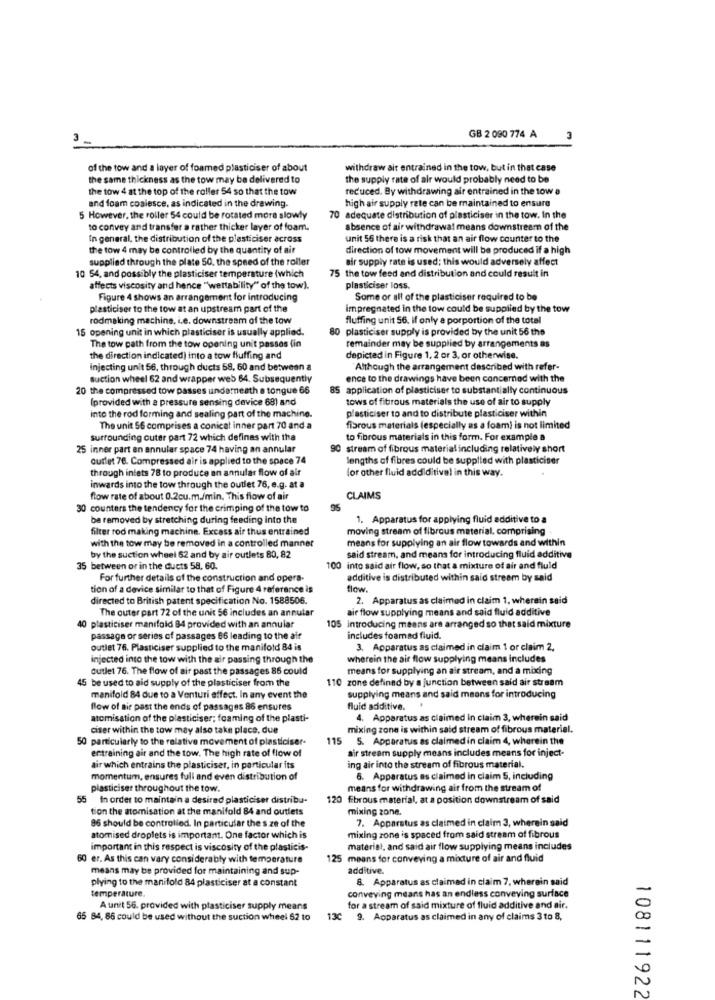
GB 2 090 774 A
3
of the tow and a layer of foamed plasticiser of about
withdraw air entrained in the tow, but in that case
the same thickness as the tow may be delivered to
the supply rate of air would probably need to be
the tow 4 at the top of the roller 54 so that the tow
reduced. By withdrawing air entrained in the tow a
and foam coalesce, as indicated in the drawing.
high air supply rate can be maintained to ensure
5 However, the roller 54 could be rotated more slowly
70 adequate distribution of plasticiser in the tow. In the
to convey and transfer a rather thicker layer of foam.
absence of air withdrawal means downstream of the
In general, the distribution of the plasticiser across
unit 56 there is a risk that an air flow counter to the
the tow 4 may be controlled by the quantity of air
direction of tow movement will be produced if a high
supplied through the plate 50, the speed of the roller
air supply rate is used; this would adversely affect
75 the tow feed and distribution and could result in
10 54, and possibly the plasticiser temperature (which
affects viscosity and hence "wertability" of the tow).
plasticiser loss.
Figure 4 shows an arrangement for introducing
Some or all of the plasticiser required to be
plasticiser to the tow at an upstream part of the
impregnated in the tow could be supplied by the tow
rodmaking machine, i.e. downstream of the tow
fluffing unit 56. if only a porportion of the total
15 opening unit in which plasticiser is usually applied.
80 plasticiser supply is provided by the unit 56 the
The tow path from the tow opening unit passos (in
remainder may be supplied by arrangements as
the direction indicated) into a tow fluffing and
depicted in Figure 1, 2 or 3, or otherwise.
injecting unit 56, through ducts 58, 60 and between
Although the arrangement described with refer-
suction wheel 62 and wrapper web 64. Subsequently
ence to the drawings have been concerned with the
20 the compressed tow passes underneath e tongue 66
85 application of plasticiser to substantially continuous
(provided with a pressure sensing device 68) and
tows of fibrous materials the use of air to supply
into the rod forming and sealing part of the machine.
plasticiser to and to distribute plasticiser within
The unit 56 comprises a conical inner part 70 and a
fibrous materials (especially as a foam) is not limited
surrounding outer part 72 which defines with the
to fibrous materials in this form. For example a
25 inner part en annuler space 74 having an annular
90 stream of fibrous material including relatively short
cutlet 76. Compressed air is applied to the space 74
lengths of fibres could be supplied with plasticiser
through intets 78 to produce an annular flow of air
for other fluid addiditival in this way.
inwards into the tow through the outlet 76, e.g. at a
flow rate of about 0.2cu.m./min. This flow of air
CLAIMS
30 counters the tendency for the crimping of the tow to
be removed by stretching during feeding into the
1. Apparatus for applying fluid additive to a
filter rod making machine. Excess air thus entrained
moving stream of fibrous material, comprising
means for supplying an air flow towards and within
with the tow may be removed in a controlled manner
by the suction wheel 62 and by air outlets 80, 82
said stream, and means for introducing fluid additive
35 between or in the ducts 58, 60.
100 into said air flow, so that a mixture of air and fluid
For further details of the construction and opera-
additive is distributed within said stream by said
tion of a device similar to that of Figure 4 reference is
flow.
directed to British patent specification No. 1588506.
2. Apparatus as claimed in claim 1, wherein said
The outer part 72 of the unit 56 includes an annular
air flow supplying means and said fluid additive
40 plasticiser manifold 84 provided with an annular
105 introducing means are arranged so that said mixture
passage or series of passages 66 leading to the air
includes foamad fluid.
outlet 76. Plasticiser supplied to the manifold 84 is
3. Apparatus as claimed in claim 1 or claim 2.
injected into the tow with the air passing through the
wherein the air flow supplying means includes
outlet 76. The flow of air past the passages 86 could
means for supplying an air stream, and a mixing
45 be used to aid supply of the plasticiser from the
110 zone defined by a junction between said air stream
manifold 84 due to a Venturi effect. In any event the
supplying means and said means for introducing
flow of air past the ends of passages 86 ensures
fluid additive.
atomisation of the plasticiser; foaming of the plasti-
4. Apparatus as claimed in claim 3, wherein said
ciser within the tow may also take place, due
mixing zone is within said stream of fibrous material.
50 particularly to the relative movement of plasticiser.
115 5. Apparatus as claimed in claim 4, wherein the
entraining air and the tow. The high rate of flow of
air stream supply means includes means for inject-
air which entrains the plasticiser, in particular its
ing air into the stream of fibrous material.
momentum, ensures full and even distribution of
6. Apparatus as claimed in claim 5, including
plasticiser throughout the tow.
means for withdrawing air from the stream of
55 In order to maintain a desired plasticiser distribu-
120 fibrous material, at a position downstream of said
tion the atomisation at the manifold 84 and outlets
mixing zone.
86 should be controlled. In particular the s .ze of the
7. Apparatus as claimed in claim 3, wherein said
atomised droplets is important. One factor which is
mixing zone is spaced from said stream of fibrous
important in this respect is viscosity of the plasticis-
material, and said air flow supplying means includes
60 er. As this can vary considerably with temperature
125 means for conveying a mixture of air and fluid
means may be provided for maintaining and sup-
additive.
plying to the manifold 84 plasticiser at a constant
8. Apparatus as claimad in claim 7, wherein said
temperature.
conveying means has an endless conveying surface
A unit 56. provided with plasticiser supply means
for a stream of said mixture of fluid additive and air.
65 84, 86 could be used without the suction wheel 52 to
130 9. Apparatus as claimed in any of claims 3 to 8,
108111922